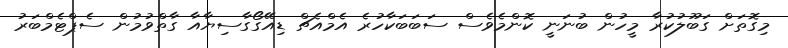
މިގޮތަށް ގަބޫލުކުރާ މީހުން ބުނަނީ ކޮންމެވެސް ސަބަބަކާހުރެ އެމްއެޗް ޑިއޭގޯގާސިޔާއާ ގާތްވުމުން ސެޕްޓެމްބަރު